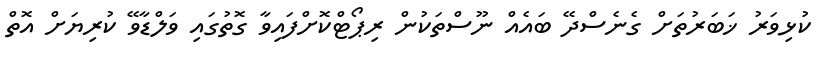
ކުޅިވަރު ޚަބަރުތަށް ގެނެސްދޭ ބައެއް ނޫސްތަކުން ރިޕޯޓްކޮށްފައިވާ ގޮތުގައި ވަލްޑާވޭ ކުރިޔަށް އޮތް